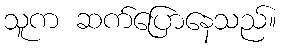
သူက ဆက်ပြောနေသည်။